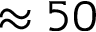
\approx 5 0